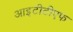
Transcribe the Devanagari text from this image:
आइटीटीएफ